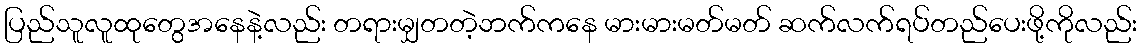
ပြည်သူလူထုတွေအနေနဲ့လည်း တရားမျှတတဲ့ဘက်ကနေ မားမားမတ်မတ် ဆက်လက်ရပ်တည်ပေးဖို့ကိုလည်း